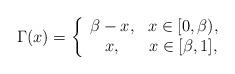
LaTeX: \begin{align*}\Gamma(x)=\left\{\begin{array}{cc}\beta-x,& x\in[0,\beta),\\x,&x\in[\beta,1],\end{array}\right.\end{align*}